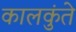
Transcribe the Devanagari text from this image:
कालकुंते